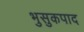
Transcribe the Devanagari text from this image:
भुसुकपाद